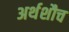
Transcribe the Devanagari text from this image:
अर्थशौच